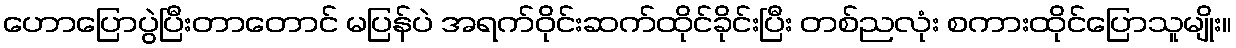
ဟောပြောပွဲပြီးတာတောင် မပြန်ပဲ အရက်ဝိုင်းဆက်ထိုင်ခိုင်းပြီး တစ်ညလုံး စကားထိုင်ပြောသူမျိုး။